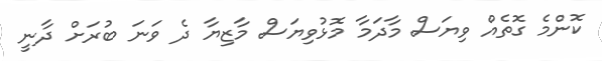
ކޮންމެ ގޮތެއް ވިޔަސް މާދަމާ މޮޅުވިޔަސް މާޒިޔާ ދެ ވަނަ ބުރަށް ދާނީ